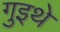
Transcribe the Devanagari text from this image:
गुइथे